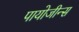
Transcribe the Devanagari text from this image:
पायोजीन्स